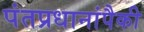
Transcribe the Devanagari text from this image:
पंतप्रधानांपैकी